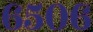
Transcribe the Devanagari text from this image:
६५०६